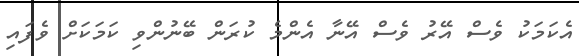
އެކަމަކު ވެސް އޭރު ވެސް އޭނާ އެންމެ ކުރަން ބޭނުންވި ކަމަކަށް ވެފައި